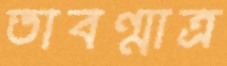
তাবন্মাত্র